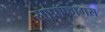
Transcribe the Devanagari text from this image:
साप्रॉफागस